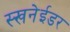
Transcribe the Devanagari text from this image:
स्खनेईडर